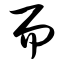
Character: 而